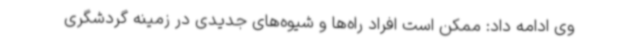
وی ادامه داد: ممکن است افراد راه‌ها و شیوه‌های جدیدی در زمینه گردشگری